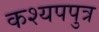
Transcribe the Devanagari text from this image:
कश्यपपुत्र